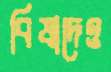
বিষাদেও